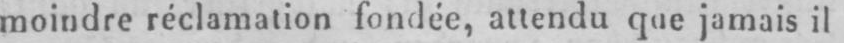
moindre réclamation fondée, attendu que jamais il